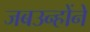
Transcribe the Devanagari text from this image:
जबउन्होंने